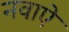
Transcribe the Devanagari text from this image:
नवाऐ